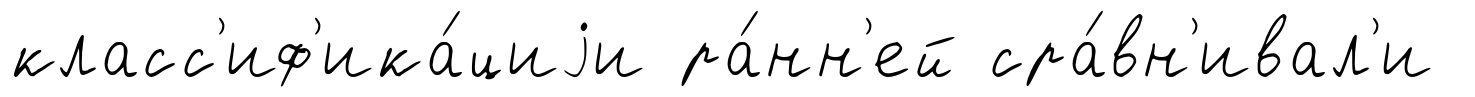
класс'иф'ика́циjи ра́нн'ей сра́вн'ивал'и